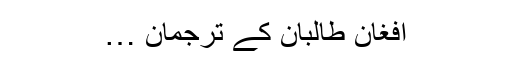
افغان طالبان کے ترجمان …